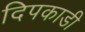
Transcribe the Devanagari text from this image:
दिपकाडी